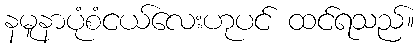
နမူနာပုံစံငယ်လေးဟုပင် ထင်ရသည်။